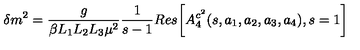
\delta m ^ { 2 } = \frac { g } { \beta L _ { 1 } L _ { 2 } L _ { 3 } \mu ^ { 2 } } \frac { 1 } { s - 1 } R e s \biggl [ A _ { 4 } ^ { c ^ { 2 } } ( s , a _ { 1 } , a _ { 2 } , a _ { 3 } , a _ { 4 } ) , s = 1 \biggr ]